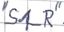
Text: "S1_R"